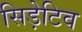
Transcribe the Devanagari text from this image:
सिड़ेटिव